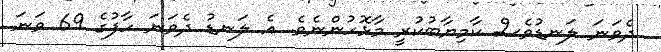
ދެވަނަ ލަނޑުވެސް ކާމިޔާބުކުރީ މާޅޮހުންނެވެ. އެ ލަނޑު ދެވަނަ ހާފުގެ 69 ވަނަ